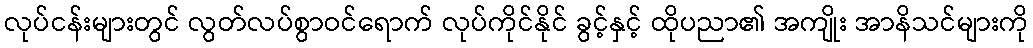
လုပ်ငန်းများတွင် လွတ်လပ်စွာဝင်ရောက် လုပ်ကိုင်နိုင် ခွင့်နှင့် ထိုပညာ၏ အကျိုး အာနိသင်များကို